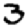
Digit: 3